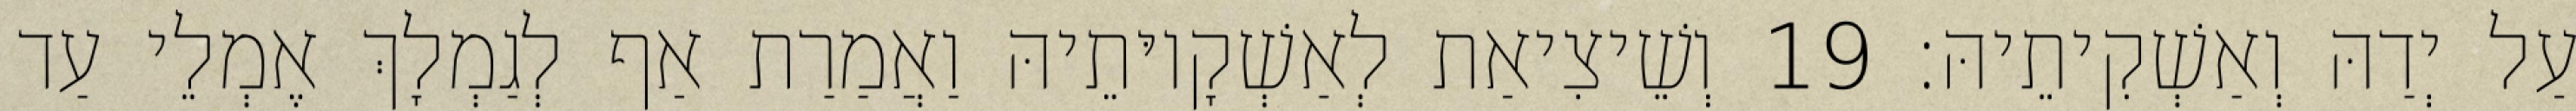
עַל יְדַהּ וְאַשְׁקִיתֵיהּ׃ 19 וְשֵׁיצִיאַת לְאַשְׁקָיוּתֵיהּ וַאֲמַרַת אַף לְגַמְלָךְ אֶמְלֵי עַד